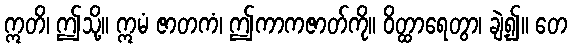
ဣတိ၊ ဤသို့။ ဣမံ ဇာတကံ၊ ဤကာကဇာတ်ကို။ ဝိတ္ထာရေတွာ၊ ချဲ့၍။ တေ